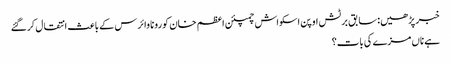
خبر پڑھیں:سابق برٹش اوپن اسکواش چمپئن اعظم خان کورونا وائرس کے باعث انتقال کرگئے
ہے ناں مزے کی بات؟